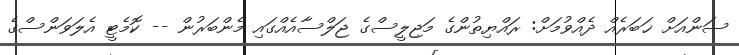
ސަންއަށް ޚަބަރެއް ދެއްވުމަށް: ރައްޔިތުންގެ މަޖިލީސްގެ ޖަލްސާއެއްގައި މެންބަރުން -- ކޮމެޓީ އެލަވަންސްގެ